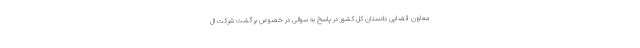
معاون قضایی دادستان کل کشور در پاسخ به سوالی در خصوص برگشت شرکت ال